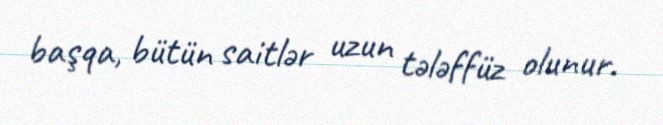
başqa, bütün saitlər uzun tələffüz olunur.